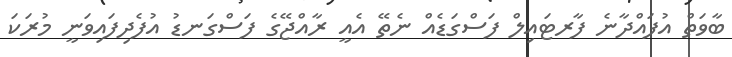
ބާވަތް އުފައްދާނެ ފާރޓައިލް ފަސްގަޑެއް ނެތޭ އެއީ ރާއްޖޭގެ ފަސްގަނޑު އުފެދިފައިވަނީ މުރަކަ